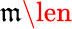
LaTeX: \mathfrak{m}\len